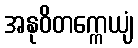
အနုဝိတက္ကေယျံ